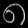
Digit: ၈